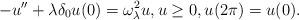
LaTeX: \begin{align*} - u'' + \lambda \delta_0 u(0) = \omega_\lambda^2 u, u \ge 0, u(2 \pi) = u(0).\end{align*}